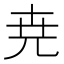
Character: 尭